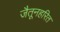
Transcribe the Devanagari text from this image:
जैतूनहरित